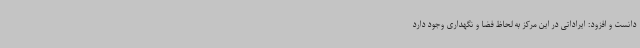
دانست و افزود: ایراداتی در این مرکز به لحاظ فضا و نگهداری وجود دارد